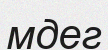
мдег